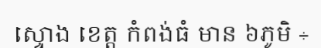
ស្ទោង ខេត្ត កំពង់ធំ មាន ៦ភូមិ ÷